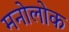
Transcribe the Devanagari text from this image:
मनोलोक